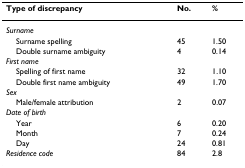
<table><thead><tr><td><b>Type of discrepancy</b></td><td><b>No.</b></td><td><b>%</b></td></tr></thead><tbody><tr><td><i>Surname</i></td><td></td><td></td></tr><tr><td> Surname spelling</td><td>45</td><td>1.50</td></tr><tr><td> Double surname ambiguity</td><td>4</td><td>0.14</td></tr><tr><td><i>First name</i></td><td></td><td></td></tr><tr><td> Spelling of first name</td><td>32</td><td>1.10</td></tr><tr><td> Double first name ambiguity</td><td>49</td><td>1.70</td></tr><tr><td><i>Sex</i></td><td></td><td></td></tr><tr><td> Male/female attribution</td><td>2</td><td>0.07</td></tr><tr><td><i>Date of birth</i></td><td></td><td></td></tr><tr><td> Year</td><td>6</td><td>0.20</td></tr><tr><td> Month</td><td>7</td><td>0.24</td></tr><tr><td> Day</td><td>24</td><td>0.81</td></tr><tr><td><i>Residence code</i></td><td>84</td><td>2.8</td></tr></tbody></table>